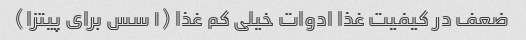
ضعف در کیفیت غذا ادوات خیلی کم غذا (۱ سس برای پیتزا)